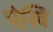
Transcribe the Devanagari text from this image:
पेखि